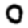
Digit: 0